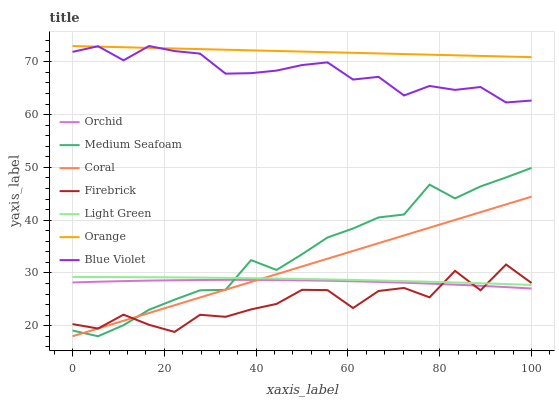
| xaxis_label | Orchid | Medium Seafoam | Coral | Firebrick | Light Green | Orange | Blue Violet |
 | --- | --- | --- | --- | --- | --- | --- | --- |
 | 0 | 28.2 | 19.1 | 18 | 20.3 | 29.2 | 73 | 71.9 |
 | 5.56 | 28.3 | 18 | 19.5 | 19.5 | 29.2 | 72.9 | 73 |
 | 11.1 | 28.5 | 20.1 | 20.9 | 22.1 | 29.2 | 72.8 | 70.3 |
 | 16.7 | 28.5 | 23 | 22.4 | 20.2 | 29.2 | 72.6 | 73 |
 | 22.2 | 28.6 | 24.9 | 23.9 | 18.8 | 29.2 | 72.5 | 72 |
 | 27.8 | 28.7 | 26.7 | 25.3 | 22.1 | 29.1 | 72.4 | 71.6 |
 | 33.3 | 28.7 | 26.8 | 26.8 | 21.7 | 29.1 | 72.3 | 67.8 |
 | 38.9 | 28.7 | 32.4 | 28.3 | 23.1 | 29 | 72.2 | 67.9 |
 | 44.4 | 28.6 | 30.6 | 29.8 | 24.1 | 28.9 | 72.1 | 68.3 |
 | 50 | 28.6 | 33.5 | 31.2 | 26.8 | 28.9 | 71.9 | 69.4 |
 | 55.6 | 28.5 | 36.7 | 32.7 | 26.7 | 28.8 | 71.8 | 69.9 |
 | 61.1 | 28.4 | 38.4 | 34.2 | 23.3 | 28.7 | 71.7 | 66.6 |
 | 66.7 | 28.3 | 40.5 | 35.6 | 26.6 | 28.6 | 71.6 | 67.2 |
 | 72.2 | 28.1 | 41.1 | 37.1 | 27.2 | 28.5 | 71.5 | 63.6 |
 | 77.8 | 28 | 46.7 | 38.6 | 25.4 | 28.3 | 71.4 | 65.4 |
 | 83.3 | 27.8 | 44.1 | 40 | 30.4 | 28.2 | 71.2 | 64.7 |
 | 88.9 | 27.6 | 46.4 | 41.5 | 26.7 | 28 | 71.1 | 65.2 |
 | 94.4 | 27.3 | 48.1 | 43 | 31.6 | 27.9 | 71 | 62.3 |
 | 100 | 27 | 49.9 | 44.5 | 28.1 | 27.7 | 70.9 | 62.7 |